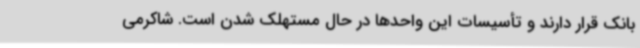
بانک قرار دارند و تأسیسات این واحدها در حال مستهلک شدن است. شاکرمی